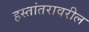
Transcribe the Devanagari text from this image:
हस्तांतरावरील